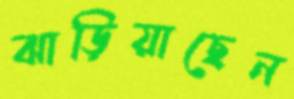
ঝাড়িয়াছেন